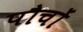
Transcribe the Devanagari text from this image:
पौचों